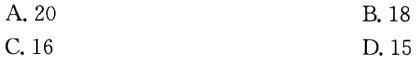
A. 20
B. 18
C. 16
D. 15